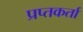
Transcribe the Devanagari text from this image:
प्रप्तकर्ता